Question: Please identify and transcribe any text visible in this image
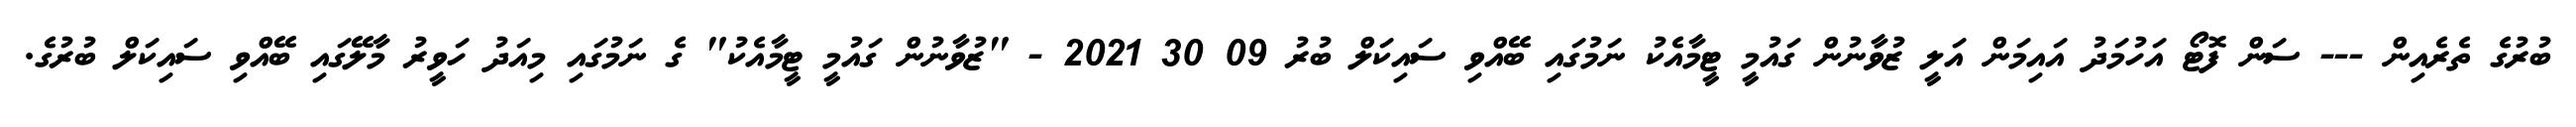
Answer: ބުރުގެ ތެރެއިން --- ސަން ފޮޓޯ އަހުމަދު އައިމަން އަލީ ޒުވާނުން ގައުމީ ޓީމާއެކު ނަމުގައި ބޭއްވި ސައިކަލް ބުރު 09 30 2021 - "ޒުވާނުން ގައުމީ ޓީމާއެކު" ގެ ނަމުގައި މިއަދު ހަވީރު މާލޭގައި ބޭއްވި ސައިކަލް ބުރުގެ.